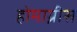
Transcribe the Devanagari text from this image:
होमाग्नीस